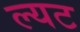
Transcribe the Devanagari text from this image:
ल्यट